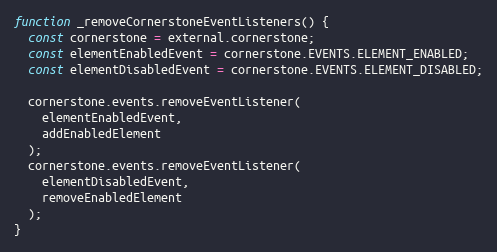
Language: JavaScript
function _removeCornerstoneEventListeners() {
  const cornerstone = external.cornerstone;
  const elementEnabledEvent = cornerstone.EVENTS.ELEMENT_ENABLED;
  const elementDisabledEvent = cornerstone.EVENTS.ELEMENT_DISABLED;

  cornerstone.events.removeEventListener(
    elementEnabledEvent,
    addEnabledElement
  );
  cornerstone.events.removeEventListener(
    elementDisabledEvent,
    removeEnabledElement
  );
}